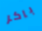
باكر